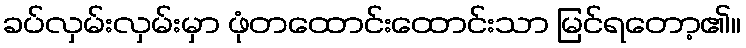
ခပ်လှမ်းလှမ်းမှာ ဖုံတထောင်းထောင်းသာ မြင်ရတော့၏။